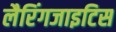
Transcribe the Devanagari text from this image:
लैरिंगजाइटिस